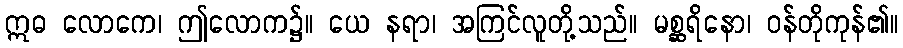
ဣဓ လောကေ၊ ဤလောက၌။ ယေ နရာ၊ အကြင်လူတို့သည်။ မစ္ဆရိနော၊ ဝန်တိုကုန်၏။